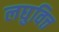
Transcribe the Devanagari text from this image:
लघुवित्त